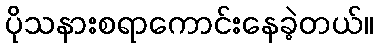
ပိုသနားစရာကောင်းနေခဲ့တယ်။